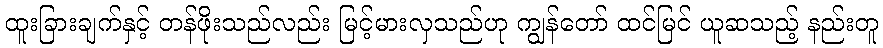
ထူးခြားချက်နှင့် တန်ဖိုးသည်လည်း မြင့်မားလှသည်ဟု ကျွန်တော် ထင်မြင် ယူဆသည့် နည်းတူ